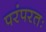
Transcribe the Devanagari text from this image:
परंपरतः